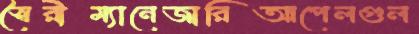
স্বৈরীম্যানেজারিআপেলগুল